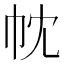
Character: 帎